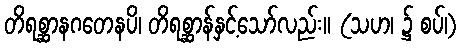
တိရစ္ဆာနဂတေနပိ၊ တိရစ္ဆာန်နှင့်သော်လည်း။ (သဟ၊ ၌ စပ်၊)